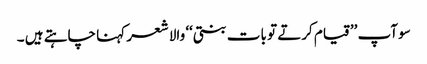
سو آپ ’’قیام کرتے تو بات بنتی‘‘ والا شعر کہنا چاہتے ہیں ۔